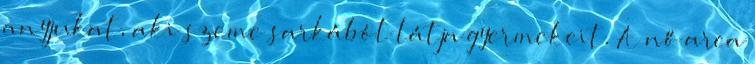
anyjukat, aki szeme sarkából látja gyermekeit. A nő arca